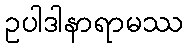
ဥပါဒါနာရာမဿ